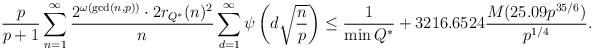
LaTeX: \begin{align*} \dfrac{p}{p+1} \displaystyle\sum_{n=1}^\infty \dfrac{2^{\omega(\gcd(n,p))} \cdot 2r_{Q^\ast}(n)^2}{n} \displaystyle\sum_{d=1}^\infty \psi \left( d\sqrt{\dfrac{n}{p}} \right) \leq \frac{1}{\min Q^{*}} + 3216.6524 \frac{M(25.09p^{35/6})}{p^{1/4}}.\end{align*}